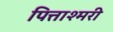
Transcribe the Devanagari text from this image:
पित्ताश्मरी